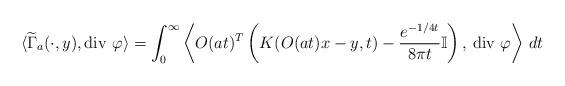
LaTeX: \begin{align*}\langle\widetilde\Gamma_a(\cdot,y), \mbox{div $\varphi$}\rangle=\int_0^\infty \left\langle O(at)^T\left(K(O(at)x-y,t)-\frac{e^{-1/4t}}{8\pi t}\mathbb I\right),\,\mbox{div $\varphi$}\right\rangle\,dt\end{align*}